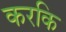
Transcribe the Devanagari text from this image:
करकि